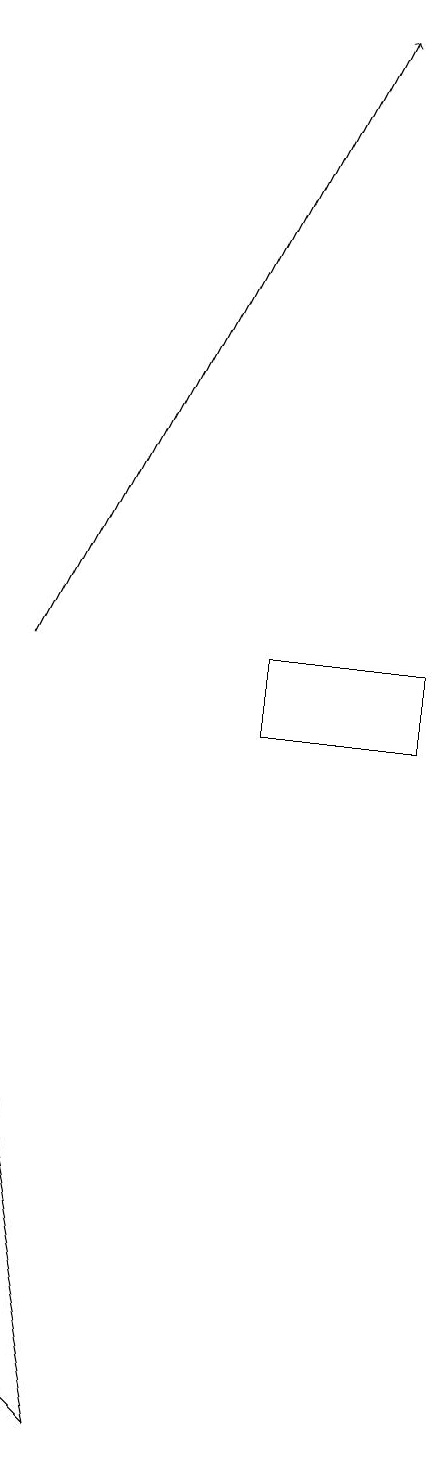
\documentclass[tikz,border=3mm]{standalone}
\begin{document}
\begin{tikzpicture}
\draw (8,10) rectangle (6,11);
\draw (3,2) -- (4,1) -- (3,6) -- cycle;
\draw[->] (3,11) -- (7,19);
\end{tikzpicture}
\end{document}